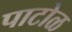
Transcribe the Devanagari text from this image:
पाटोळ